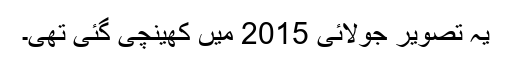
یہ تصویر جولائی 2015 میں کھینچی گئی تھی۔